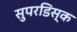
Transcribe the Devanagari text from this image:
सुपरडिस्क